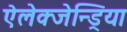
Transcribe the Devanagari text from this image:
ऐलेक्जेन्ड्रिया